Report of the Indian Hemp Drugs Commission, 1894-1895 - Volume IV
Year: 1894
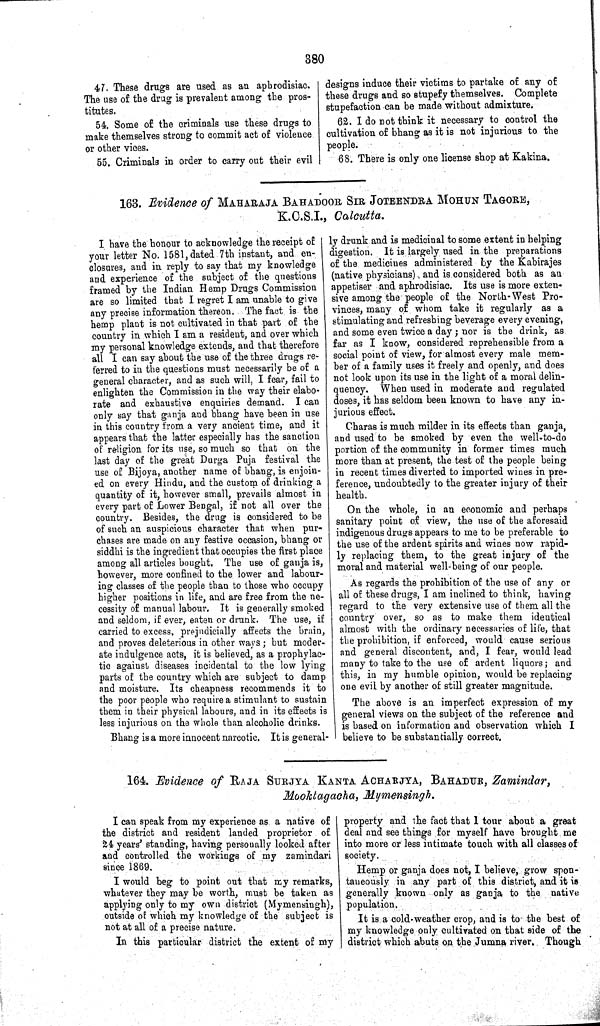
380
47. These drugs are used as an aphrodisiac.
The use of the drug is prevalent among the pros-
titutes.
54. Some of the criminals use these drugs to
make themselves strong to commit act of violence
or other vices.
55. Criminals in order to carry out their evil
designs induce their victims to partake of any of
these drugs and so stupefy themselves. Complete
stupefaction can be made without admixture.
62. I do not think it necessary to control the
cultivation of bhang as it is not injurious to the
people.
68. There is only one license shop at Kakina.
163. Evidence of MAHARAJA BAHADOOR SIR JOTEENDRA MOHUN TAGORE,
K.C.S.I., Calcutta.
I have the honour to acknowledge the receipt of
your letter No. 1581, dated 7th instant, and en-
closures, and in reply to say that my knowledge
and experience of the subject of the questions
framed by the Indian Hemp Drugs Commission
are so limited that I regret I am unable to give
any precise information thereon. The fact is the
hemp plant is not cultivated in that part of the
country in which I am a resident, and over which
my personal knowledge extends, and that therefore
all I can say about the use of the three drugs re-
ferred to in the questions must necessarily be of a
general character, and as such will, I fear, fail to
enlighten the Commission in the way their elabo-
rate and exhaustive enquiries demand. I can
only say that ganja and bhang have been in use
in this country from a very ancient time, and it
appears that the latter especially has the sanction
of religion for its use, so much so that on the
last day of the great Durga Puja festival the
use of Bijoya, another name of bhang, is enjoin-
ed on every Hindu, and the custom of drinking a
quantity of it, however small, prevails almost in
every part of Lower Bengal, if not all over the
country. Besides, the drug is considered to be
of such an auspicious character that when pur-
chases are made on any festive occasion, bhang or
siddhi is the ingredient that occupies the first place
among all articles bought. The use of ganja is,
however, more confined to the lower and labour-
ing classes of the people than to those who occupy
higher positions in life, and are free from the ne-
cessity of manual labour. It is generally smoked
and seldom, if ever, eaten or drunk. The use, if
carried to excess, prejudicially affects the brain,
and proves deleterious in other ways; but moder-
ate indulgence acts, it is believed, as a prophylac-
tic against diseases incidental to the low lying
parts of the country which are subject to damp
and moisture. Its cheapness recommends it to
the poor people who require a stimulant to sustain
them in their physical labours, and in its effects is
less injurious on the whole than alcoholic drinks.
Bhang is a more innocent narcotic. It is general-
ly drunk and is medicinal to some extent in helping
digestion. It is largely used in the preparations
of the medicines administered by the Kabirajes
(native physicians) and is considered both as an
appetiser and aphrodisiac. Its use is more exten-
sive among the people of the North-West Pro-
vinces, many of whom take it regularly as a
stimulating and refreshing beverage every evening,
and some even twice a day; nor is the drink, as
far as I know, considered reprehensible from a
social point of view, for almost every male mem-
ber of a family uses it freely and openly, and does
not look upon its use in the light of a moral delin-
quency. When used in moderate and regulated
doses, it has seldom been known to have any in-
jurious effect.
Charas is much milder in its effects than ganja,
and used to be smoked by even the well-to-do
portion of the community in former times much
more than at present, the test of the people being
in recent times diverted to imported wines in pre-
ference, undoubtedly to the greater injury of their
health.
On the whole, in an economic and perhaps
sanitary point of view, the use of the aforesaid
indigenous drugs appears to me to be preferable to
the use of the ardent spirits and wines now rapid-
ly replacing them, to the great injury of the
moral and material well-being of our people.
As regards the prohibition of the use of any or
all of these drugs, I am inclined to think, having
regard to the very extensive use of them all the
country over, so as to make them identical
almost with the ordinary necessaries of life, that
the prohibition, if enforced, would cause serious
and general discontent, and, I fear, would lead
many to take to the use of ardent liquors; and
this, in my humble opinion, would be replacing
one evil by another of still greater magnitude.
The above is an imperfect expression of my
general views on the subject of the reference and
is based on information and observation which I
believe to be substantially correct.
164. Evidence of RAJA SURJYA KANTA ACHARJYA, BAHADUR, Zamindar,
Mooktagacha, Mymensingh.
I can speak from my experience as a native of
the district and resident landed proprietor of
24 years' standing, having personally looked after
and controlled the workings of my zamindari
since 1869.
I would beg to point out that my remarks,
whatever they may be worth, must be taken as
applying only to my own district (Mymensingh),
outside of which my knowledge of the subject is
not at all of a precise nature.
In this particular district the extent of my
property and the fact that I tour about a great
deal and see things for myself have brought me
into more or less intimate touch with all classes of
society.
Hemp or ganja does not, I believe, grow spon-
taneously in any part of this district, and it is
generally known only as ganja to the native
population.
It is a cold-weather crop, and is to the best of
my knowledge only cultivated on that side of the
district which abuts on the Jumna river. Though